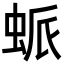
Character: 䖰